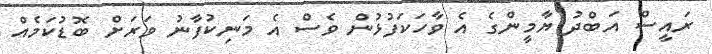
ރައީސް އަބްދު ޔާމީންގެ އެ ވާހަކަފުޅުން ވެސް އެ މަނިކުފާނު ވަރަށް ބޮޑުކަމެއް